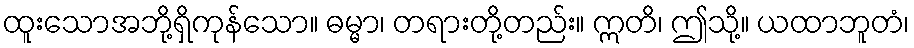
ထူးသောအဘို့ရှိကုန်သော။ ဓမ္မာ၊ တရားတို့တည်း။ ဣတိ၊ ဤသို့။ ယထာဘူတံ၊